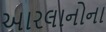
આરલાનોના